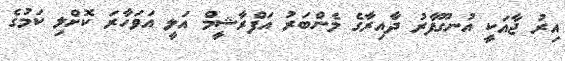
އިރު ޖާއަކީ އުނގޫފާރު ދާއިރާގެ މެންބަރު އަފްރާޝީމް އަލީ އަވަހާރަ ކޮށްލި ކަމުގެ